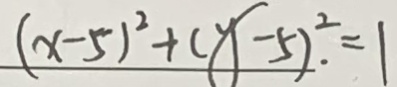
( x - 5 ) ^ { 2 } + ( y - 5 ) . ^ { 2 } = 1